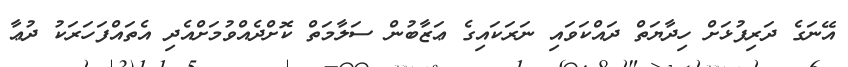
އޭނަގެ ދަރިފުޅަށް ހިދާޔަތް ދައްކަވައި ނަރަކައިގެ ޢަޒާބުން ސަލާމަތް ކޮށްދެއްވުމަށްއެދި އެތައްފަހަރަކު ދުޢާ